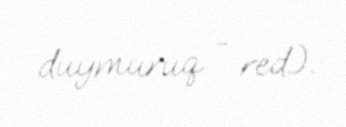
duymuruq - red.).